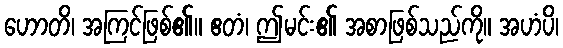
ဟောတိ၊ အကြင်ဖြစ်၏။ ဧတံ၊ ဤမင်း၏ အစာဖြစ်သည်ကို။ အဟံပိ၊